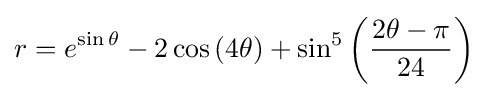
r=e^{\sin \theta }-2\cos \left(4\theta \right)+\sin ^{5}\left({\frac {2\theta -\pi }{24}}\right)